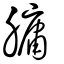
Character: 𦟛